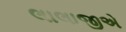
લાલાજીએ